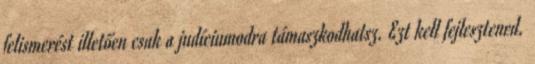
felismerést illetően csak a judíciumodra támaszkodhatsz. Ezt kell fejlesztened.